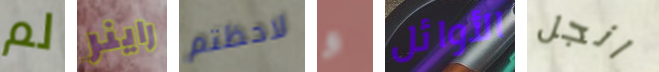
لم راينر لاحظتم و الأوائل انجل